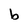
Character: b